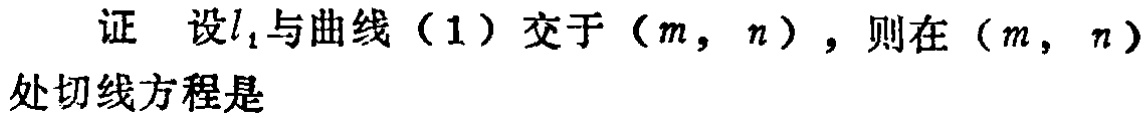
证 设\(l_{1}\)与曲线（1）交于\((m,n)\)，则在\((m,n)\)处切线方程是